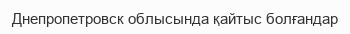
Днепропетровск облысында қайтыс болғандар